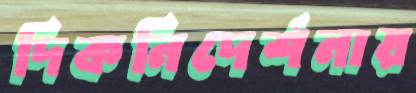
দিকনিদের্শনায়